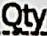
QTY